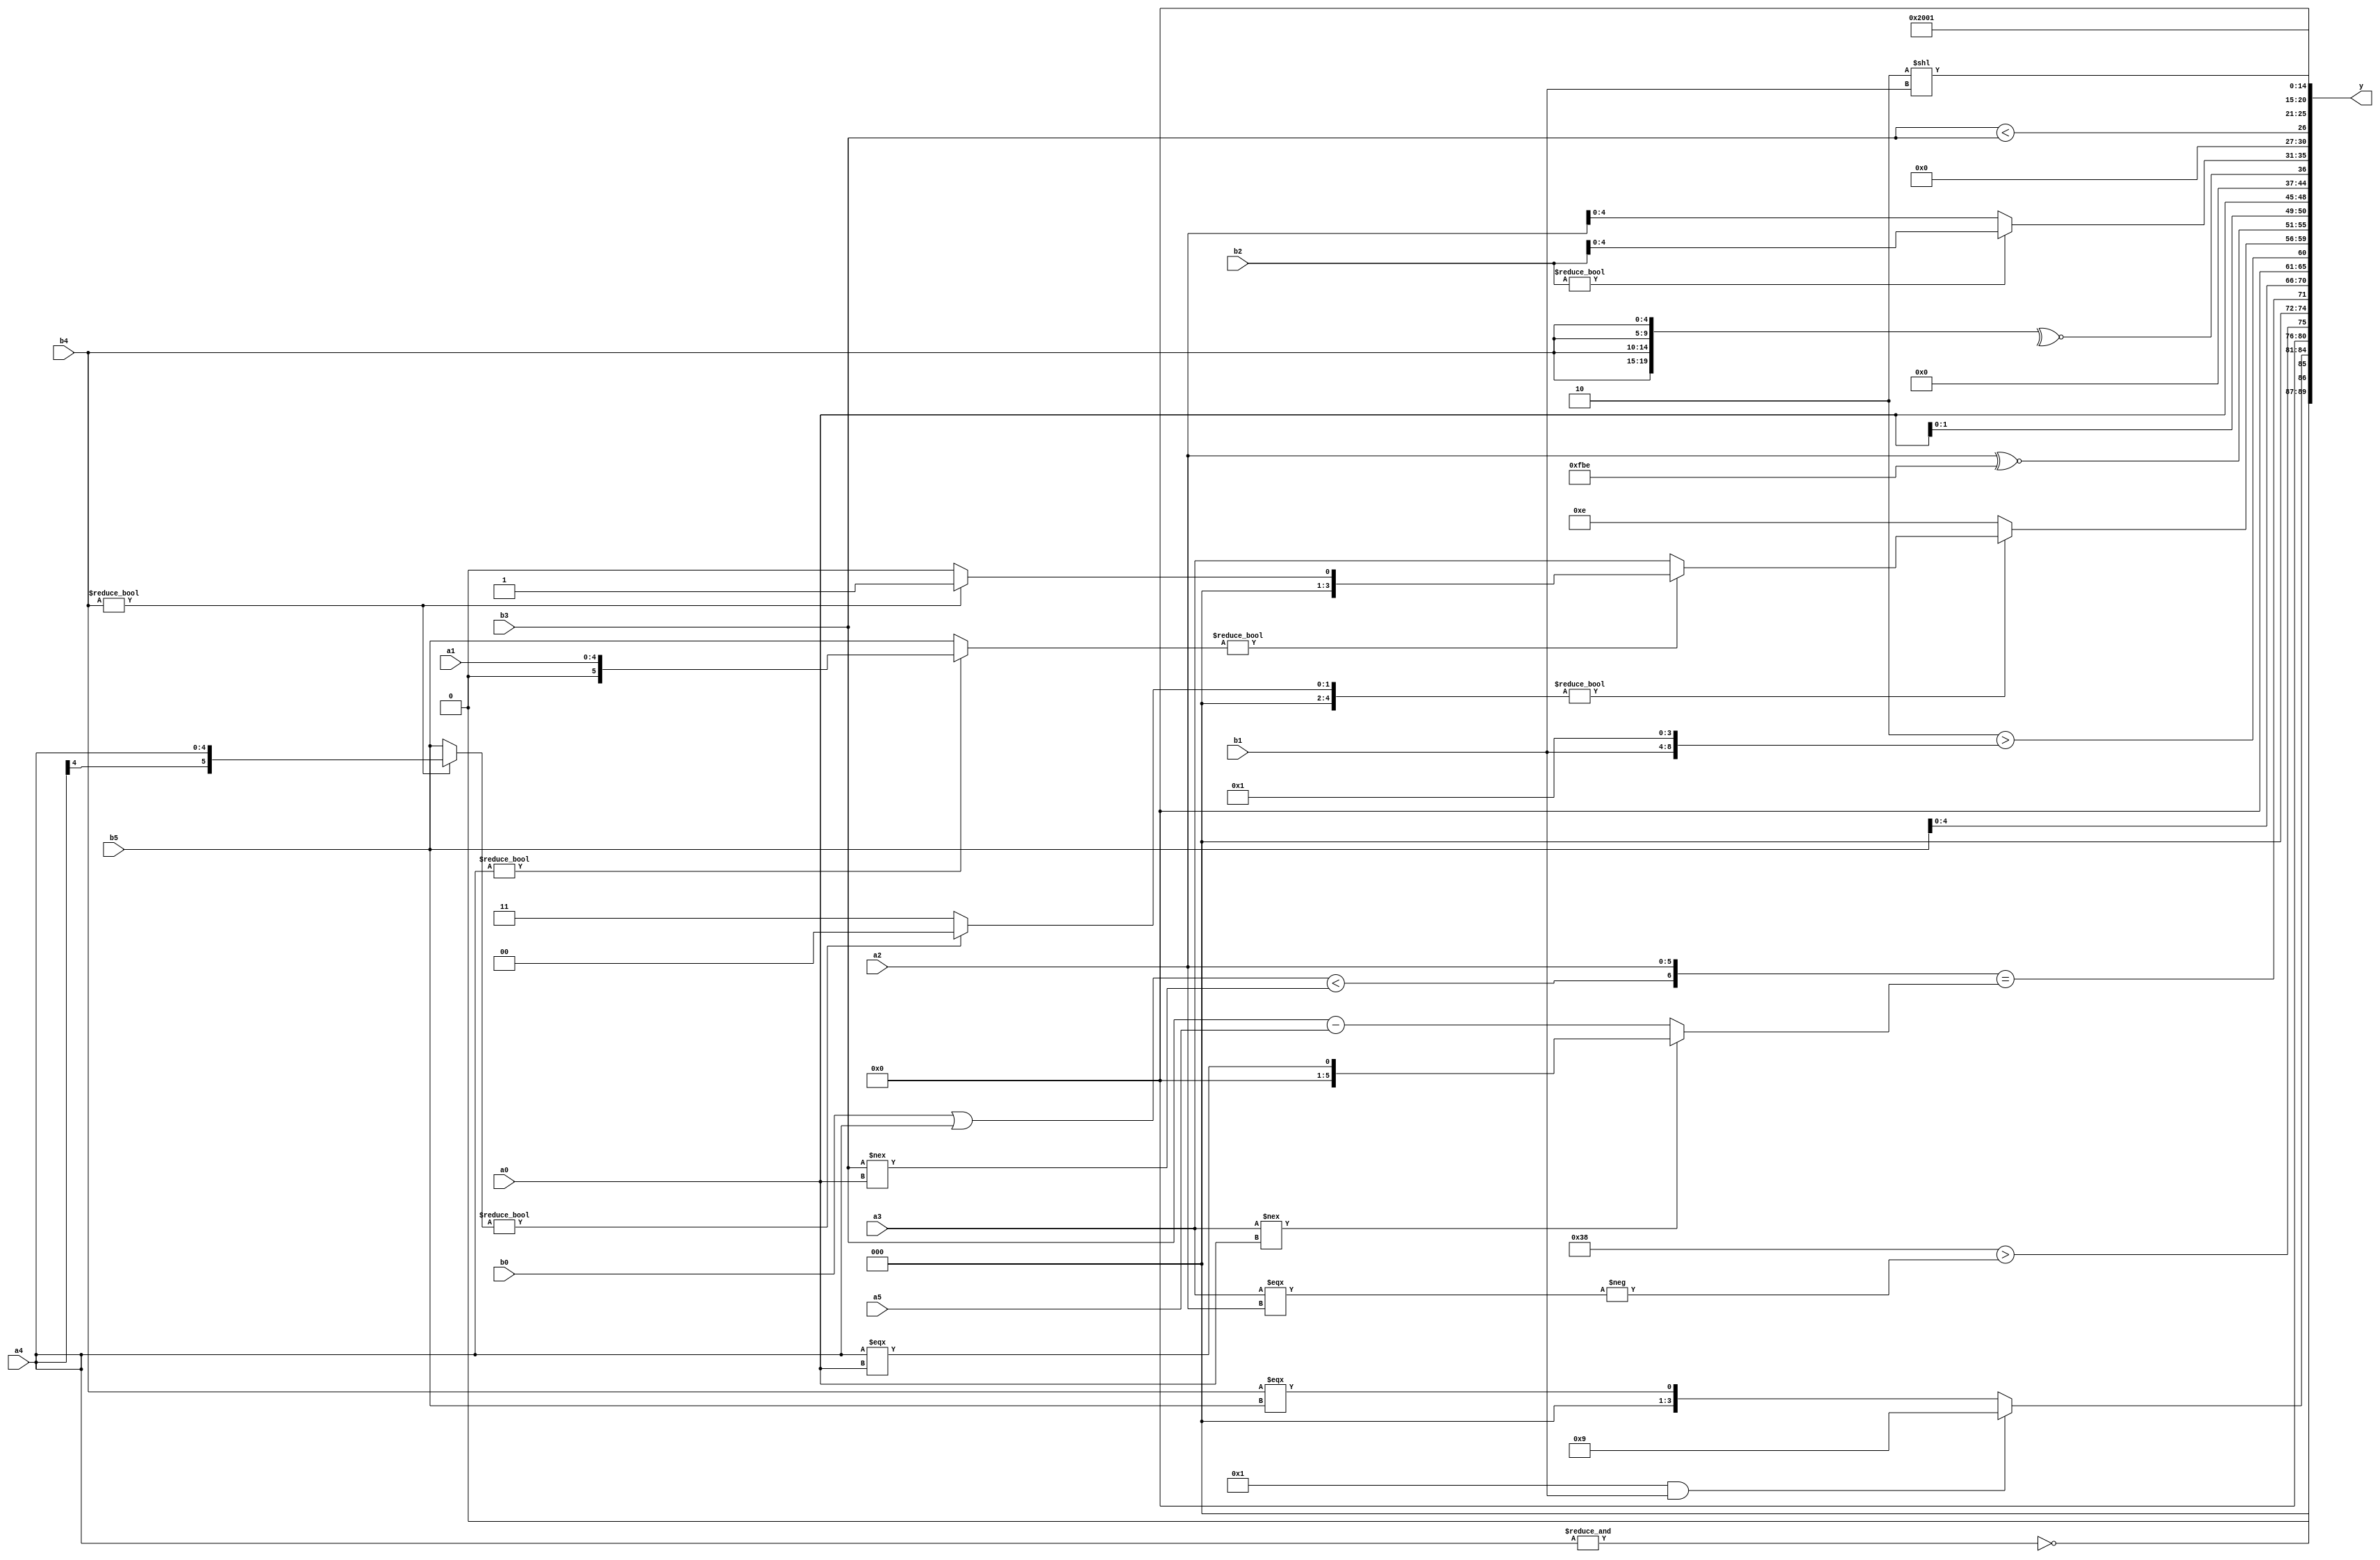
module expression_00256(a0, a1, a2, a3, a4, a5, b0, b1, b2, b3, b4, b5, y);
  input [3:0] a0;
  input [4:0] a1;
  input [5:0] a2;
  input signed [3:0] a3;
  input signed [4:0] a4;
  input signed [5:0] a5;

  input [3:0] b0;
  input [4:0] b1;
  input [5:0] b2;
  input signed [3:0] b3;
  input signed [4:0] b4;
  input signed [5:0] b5;

  wire [3:0] y0;
  wire [4:0] y1;
  wire [5:0] y2;
  wire signed [3:0] y3;
  wire signed [4:0] y4;
  wire signed [5:0] y5;
  wire [3:0] y6;
  wire [4:0] y7;
  wire [5:0] y8;
  wire signed [3:0] y9;
  wire signed [4:0] y10;
  wire signed [5:0] y11;
  wire [3:0] y12;
  wire [4:0] y13;
  wire [5:0] y14;
  wire signed [3:0] y15;
  wire signed [4:0] y16;
  wire signed [5:0] y17;

  output [89:0] y;
  assign y = {y0,y1,y2,y3,y4,y5,y6,y7,y8,y9,y10,y11,y12,y13,y14,y15,y16,y17};

  localparam [3:0] p0 = ((^((4'd9)+(4'sd5)))<<<(((4'd15)===(3'sd3))&&(5'd7)));
  localparam [4:0] p1 = (((3'd6)?(5'd10):(4'd9))<((5'd11)?(4'd9):(-5'sd7)));
  localparam [5:0] p2 = {(5'sd9)};
  localparam signed [3:0] p3 = (((-5'sd9)<<<(5'd6))?((4'd14)-(2'd2)):{(5'd2),(3'sd1)});
  localparam signed [4:0] p4 = (5'sd7);
  localparam signed [5:0] p5 = {{2{{2{{2{(4'd3)}}}}}}};
  localparam [3:0] p6 = {((&{(3'd2),(3'd1),(5'sd7)})^~{{(-4'sd3),(4'sd1)}}),(|(^{(+((5'd21)>=(-5'sd8)))}))};
  localparam [4:0] p7 = (({4{(2'sd0)}}>=(!(3'sd1)))+(|((5'd5)>=(-3'sd2))));
  localparam [5:0] p8 = (-2'sd1);
  localparam signed [3:0] p9 = (-4'sd5);
  localparam signed [4:0] p10 = (~^(2'd2));
  localparam signed [5:0] p11 = (-3'sd2);
  localparam [3:0] p12 = (((3'd2)^(-2'sd0))%(5'd2));
  localparam [4:0] p13 = (((2'sd1)-(-3'sd1))<<<((5'sd14)?(4'd6):(5'd18)));
  localparam [5:0] p14 = (-5'sd4);
  localparam signed [3:0] p15 = (({(5'sd4)}|((3'sd2)==(4'sd5)))<(((3'sd2)+(-2'sd0))<{(5'd29),(3'd7)}));
  localparam signed [4:0] p16 = {(3'sd3)};
  localparam signed [5:0] p17 = (~&{(-5'sd8),(2'd2)});

  assign y0 = (|(-(~&a4)));
  assign y1 = ((p17&&b1)?(p2^p15):(b4===b5));
  assign y2 = ($unsigned((6'd2 * p14))>(-(a3===a2)));
  assign y3 = ({((b0|a4)<(b3!==a0)),(p2?a2:b3)}==((a3!==a0)?(a4===a0):{(b3-a5)}));
  assign y4 = $signed({4{$signed(b5)}});
  assign y5 = ((5'sd2)>{p15,b1,p3});
  assign y6 = ($signed(($unsigned(((b4?a4:b5)?$unsigned(p12):(p3?p16:b1)))?((a4?a1:b5)?(b4?p3:p15):(p11?a3:a3)):((p1?p10:p7)?$unsigned(p11):(p10?a0:b0)))));
  assign y7 = ({1{a2}}^~{2{p11}});
  assign y8 = {3{{3{(p17?a0:p0)}}}};
  assign y9 = (-4'sd0);
  assign y10 = (~^{4{(p9?b4:p6)}});
  assign y11 = ((-3'sd3)?((b2?b2:a2)<<(|p8)):(-((~^p2)<<(-3'sd2))));
  assign y12 = (b3<b3);
  assign y13 = {2{{1{(+(p12>>p3))}}}};
  assign y14 = ((5'd2 * p0)<<$signed($unsigned(b1)));
  assign y15 = (3'd4);
  assign y16 = $signed((^(-4'sd7)));
  assign y17 = (!(4'sd0));
endmodule